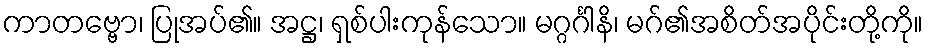
ကာတဗ္ဗော၊ ပြုအပ်၏။ အဋ္ဌ၊ ရှစ်ပါးကုန်သော။ မဂ္ဂင်္ဂါနိ၊ မဂ်၏အစိတ်အပိုင်းတို့ကို။